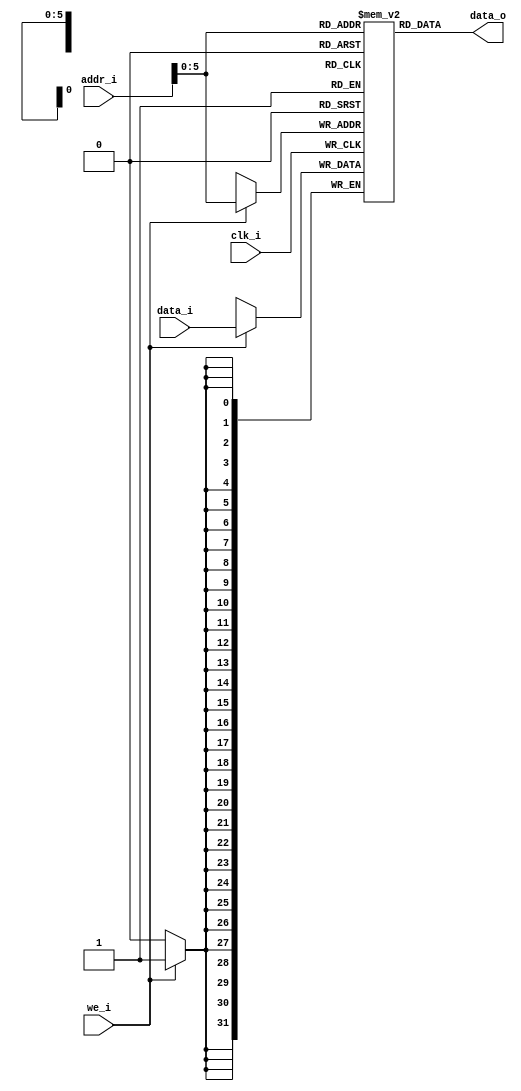
module DataMemory #(
    parameter XLEN = 32
) (
    input               clk_i,
    // FIXME: Maybe log_2(1024) = 10 bits would suffice.
    input   [XLEN-1:0]  addr_i,
    input               we_i,
    input   [XLEN-1:0]  data_i,
    output  [XLEN-1:0]  data_o
);
    reg [XLEN-1:0] memory[63:0];
    
    assign data_o = memory[addr_i];

    always @(posedge clk_i) begin
        if (we_i) memory[addr_i] = data_i;
    end
endmodule